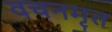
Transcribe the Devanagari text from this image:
वचनमृत